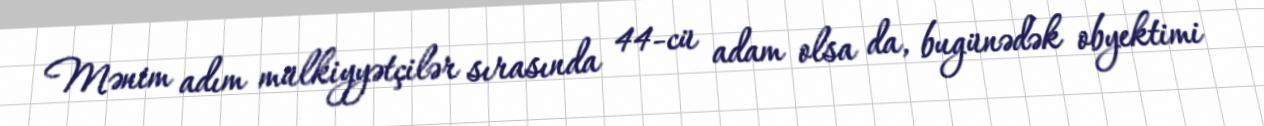
Mənim adım mülkiyyətçilər sırasında 44-cü adam olsa da, bugünədək obyektimi